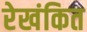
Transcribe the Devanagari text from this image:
रेखंकित